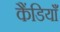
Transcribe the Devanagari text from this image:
कैंडियाँ